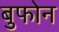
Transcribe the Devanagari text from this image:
बुफोन